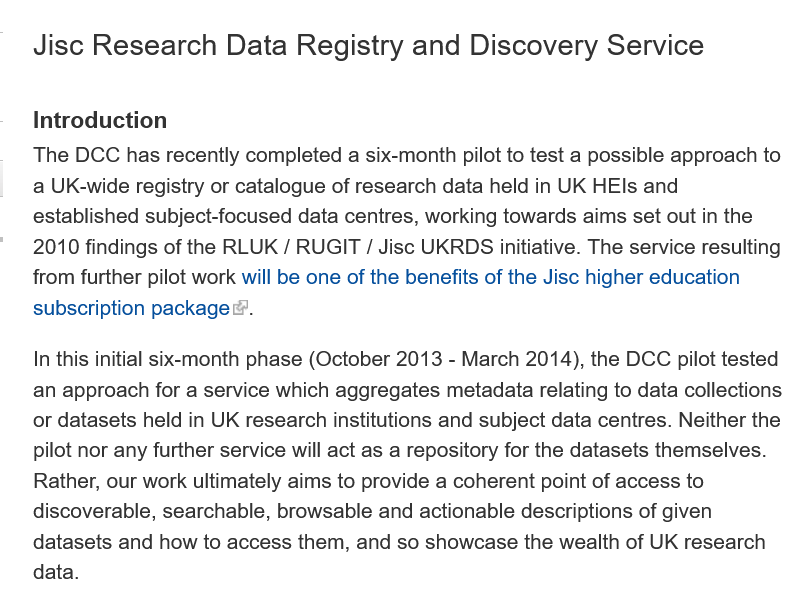
Jisc  Research    Data   Registry   and   Discovery    Service
    Introduction
    The DCC has recently completed a six-month pilot to test a possible approach to
    a UK-wide registry or catalogue of research data held in UK HEls and
    established subject-focused data centres, working towards aims set out in the
    2010 findings of the RLUK / RUGIT / Jisc UKRDS initiative. The service resulting
    from further pilot work will be one of the benefits of the Jisc higher education
    subscription package.
    In this initial six-month phase (October 2013
     -
     March 2014), the DCC pilot tested
    an approach for a service which aggregates metadata relating to data collections
    or datasets held in UK research institutions and subject data centres. Neither the
    pilot nor any further service will act as a repository for the datasets themselves.
    Rather, our work ultimately aims to provide a coherent point of access to
    discoverable, searchable, browsable and actionable descriptions of given
    datasets and how to access them, and so showcase the wealth of UK research
    data.